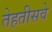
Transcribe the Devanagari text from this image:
तेहतीसवे